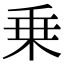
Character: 乗